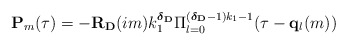
\begin{align*}\mathbf{P}_{m}(\tau) = -\mathbf{R}_{\mathbf{D}}(im)k_{1}^{\boldsymbol{\delta}_{\mathbf{D}}}\Pi_{l=0}^{(\boldsymbol{\delta}_{\mathbf{D}}-1)k_{1}-1} (\tau - \mathbf{q}_{l}(m)) \end{align*}